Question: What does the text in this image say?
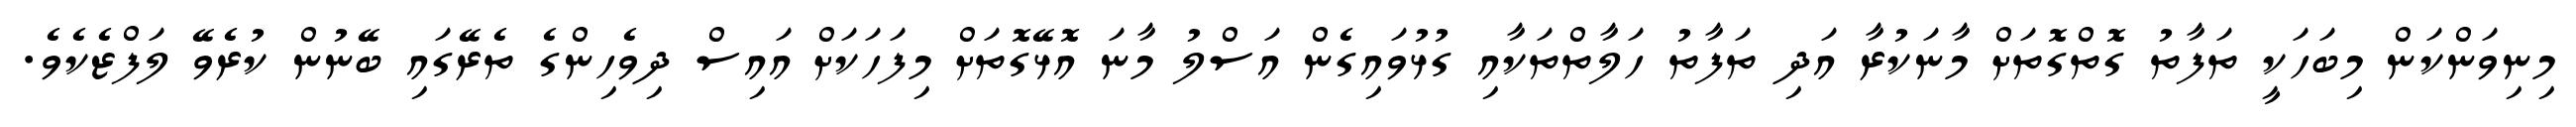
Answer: މިނިވަންކަން މިބަހަކީ ތަފާތު ގޮތްގޮތަށް މާނަކުރާ އަދި ތަފާތު ހަލާތްތަކާއި ގުޅުވައިގެން އަސްލު މާނަ އޮޅޭގޮތަށް މިފަހަކަށް އައިސް ދިވެހިންގެ ތެރޭގައި ބޭނުން ކުރެވޭ ލަފްޒެކެވެ.